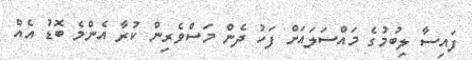
ފައިސާ ލިބުމުގެ މައްސަލައަށް ފަހު ދެން މަސްވެރިން ކުރާ އެންމެ ބޮޑު އެއް